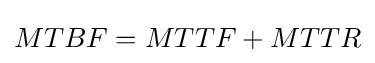
MTBF=MTTF+MTTR